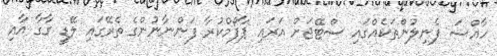
ހާއްސަ ފެނިލުންތަކެއްގައި ސްޓޭޖަށް އަރައި ޕާފޯމްކުރާ ފަންނާނުންގެ ތެރޭގައި ލޭޑީ ގާގާ އާއި